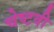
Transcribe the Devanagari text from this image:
चेष्टवी